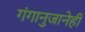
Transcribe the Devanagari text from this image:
गंगानुजानेही